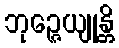
ဘုဉ္ဇေယျုန္တိ